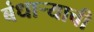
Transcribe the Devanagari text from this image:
बंधाऱ्याची